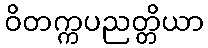
ဝိတက္ကပညတ္တိယာ